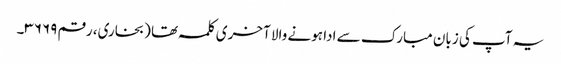
یہ آپ کی زبان مبارک سے ادا ہونے والا آخری کلمہ تھا (بخاری، رقم ۳۶۶۹۔